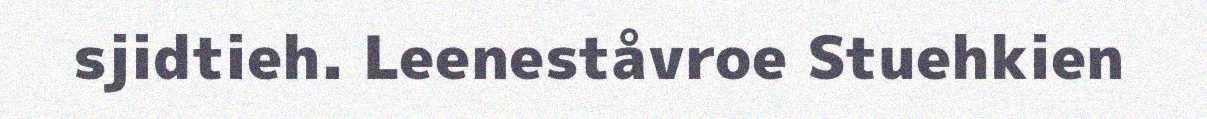
sjidtieh. Leeneståvroe Stuehkien